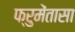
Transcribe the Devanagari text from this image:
फ्रुमेंतासा